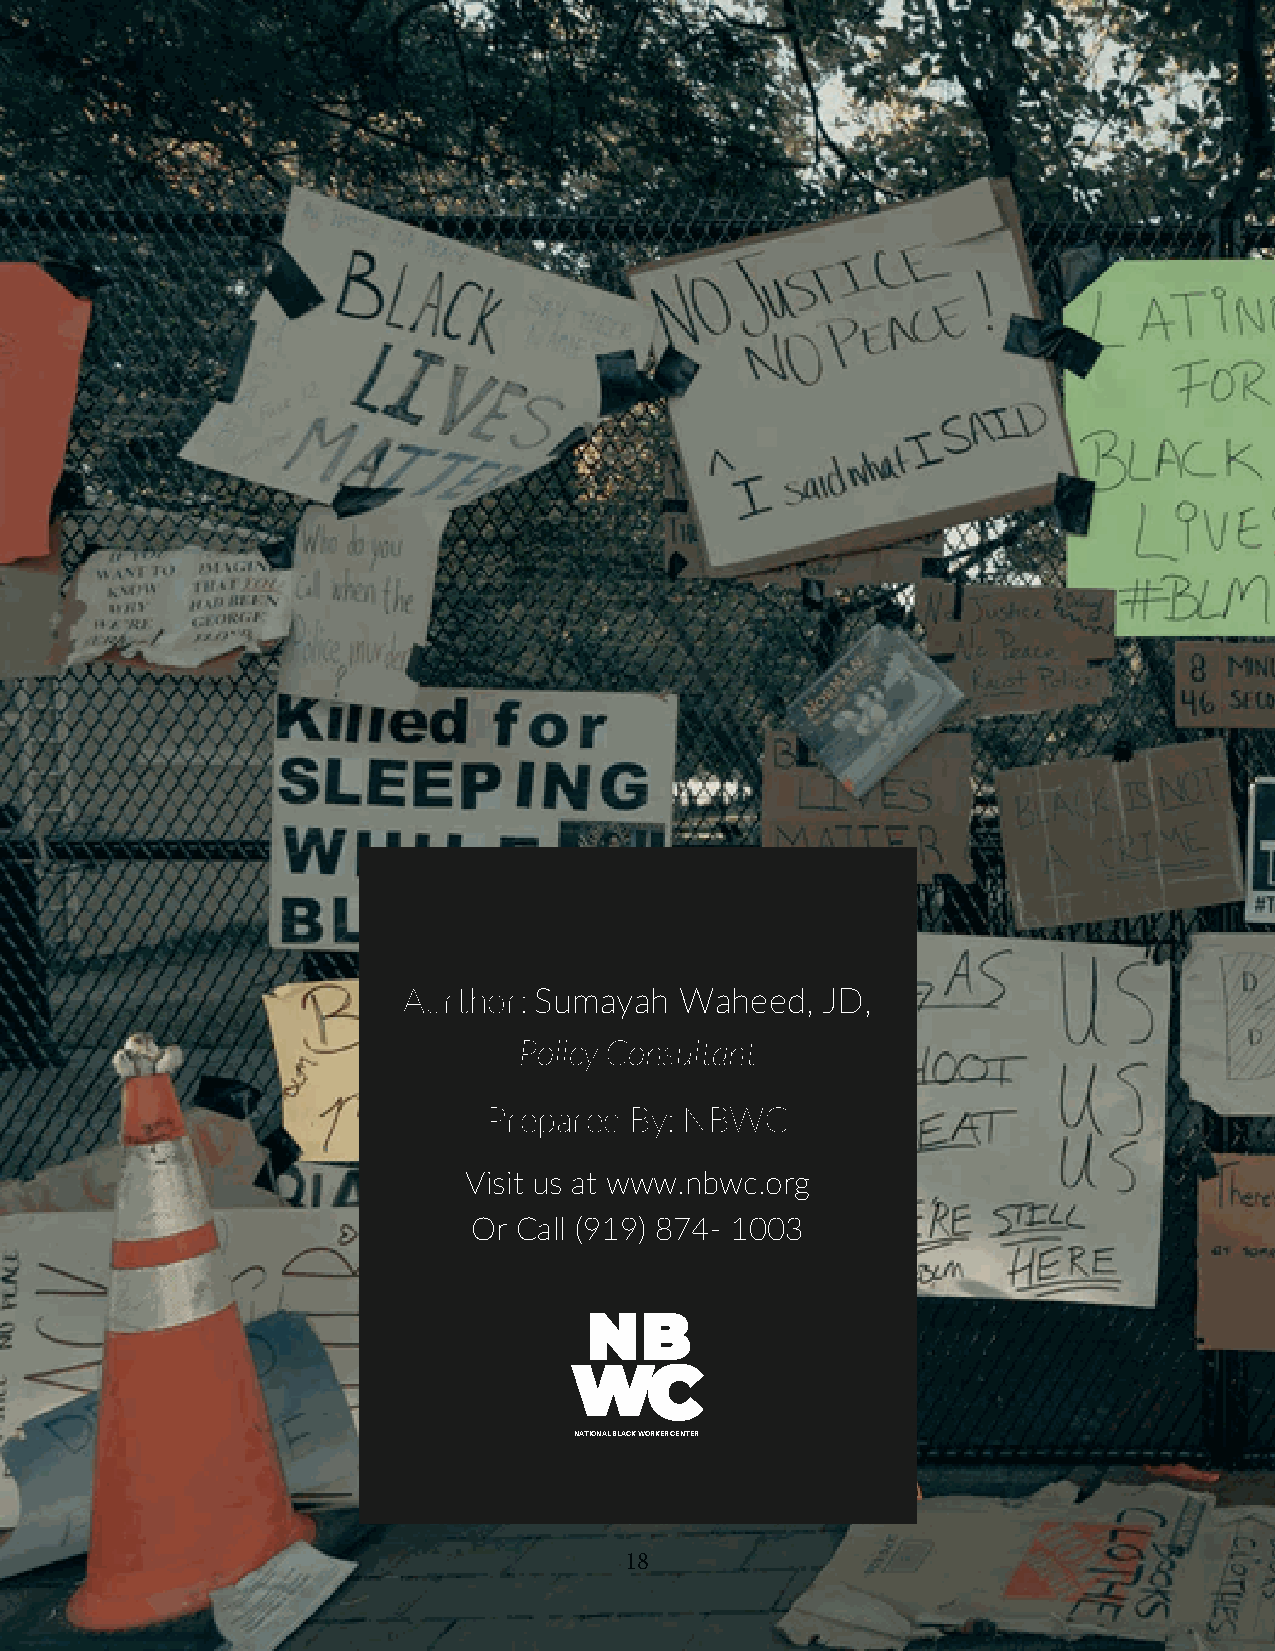
Aurthor: Sumayah  Waheed,  JD,
 Policy Consultant
 Prepared  By: NBWC
 Visit us at www.nbwc.org
 Or Call (919) 874- 1003
 NATIONAL BLACK WORKER CENTER
 18